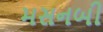
મસનબી